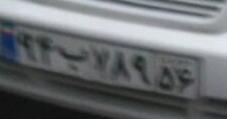
۹۴ب۷۸۹۵۶